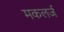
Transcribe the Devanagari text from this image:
मकलर्ज